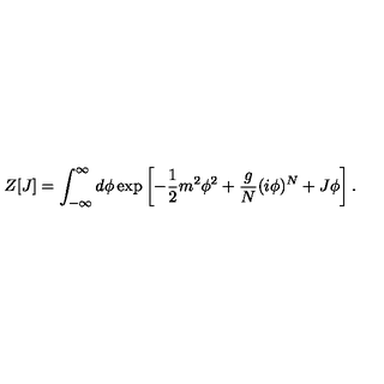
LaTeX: Z [ J ] = \int _ { - \infty } ^ { \infty } d \phi \exp \left[ - { \frac { 1 } { 2 } } m ^ { 2 } \phi ^ { 2 } + { \frac { g } { N } } ( i \phi ) ^ { N } + J \phi \right] .